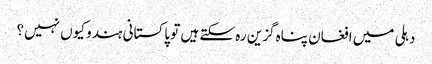
دہلی میں افغان پناہ گزین رہ سکتے ہیں تو پاکستانی ہندو کیوں نہیں؟